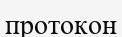
протокон